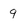
Character: 9